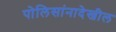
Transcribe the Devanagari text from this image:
पोलिसांनादेखील